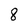
Character: 8